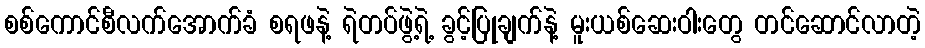
စစ်ကောင်စီလက်အောက်ခံ စရဖနဲ့ ရဲတပ်ဖွဲ့ရဲ့ ခွင့်ပြုချက်နဲ့ မူးယစ်ဆေးဝါးတွေ တင်ဆောင်လာတဲ့